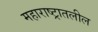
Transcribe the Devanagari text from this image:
महाराष्ट्रातलील